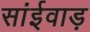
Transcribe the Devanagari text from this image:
सांईवाड़